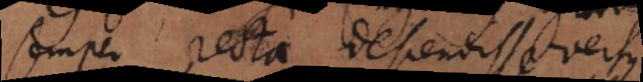
semper recta descendisse versus